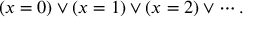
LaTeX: ( x = 0 ) \lor ( x = 1 ) \lor ( x = 2 ) \lor \cdots .